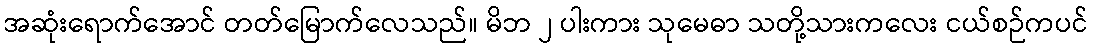
အဆုံးရောက်အောင် တတ်မြောက်လေသည်။ မိဘ ၂ ပါးကား သုမေဓာ သတို့သားကလေး ငယ်စဉ်ကပင်